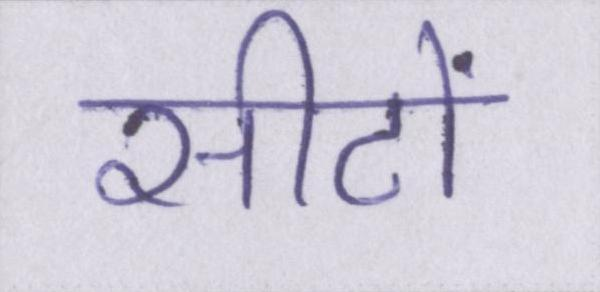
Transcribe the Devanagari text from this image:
सीटों